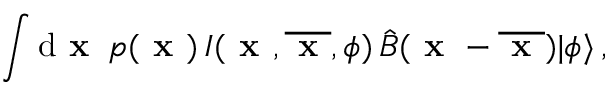
\int \mathrm { d } \textbf { x } \, p ( \textbf { x } ) \, I ( \textbf { x } , \overline { { \textbf { x } } } , \phi ) \, \hat { B } ( \textbf { x } - \overline { { \textbf { x } } } ) | \phi \rangle \, ,